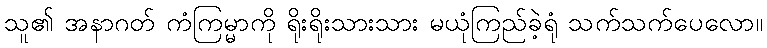
သူ၏ အနာဂတ် ကံကြမ္မာကို ရိုးရိုးသားသား မယုံကြည်ခဲ့ရုံ သက်သက်ပေလော။